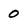
Character: 0